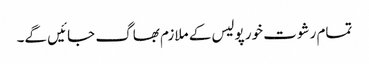
تمام رشوت خور پولیس کے ملازم بھاگ جائیں گے۔